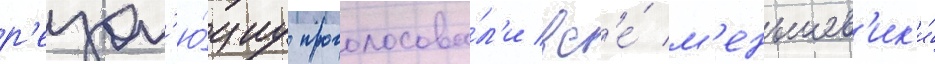
р'езол'ю́циу проголосова́л'и вс'е́ м'еньшев'ик'и́